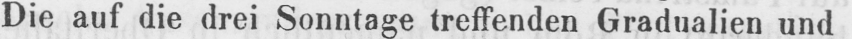
Die auf die drei Sonntage treffenden Gradualien und